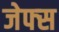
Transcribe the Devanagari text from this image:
जेफ्स